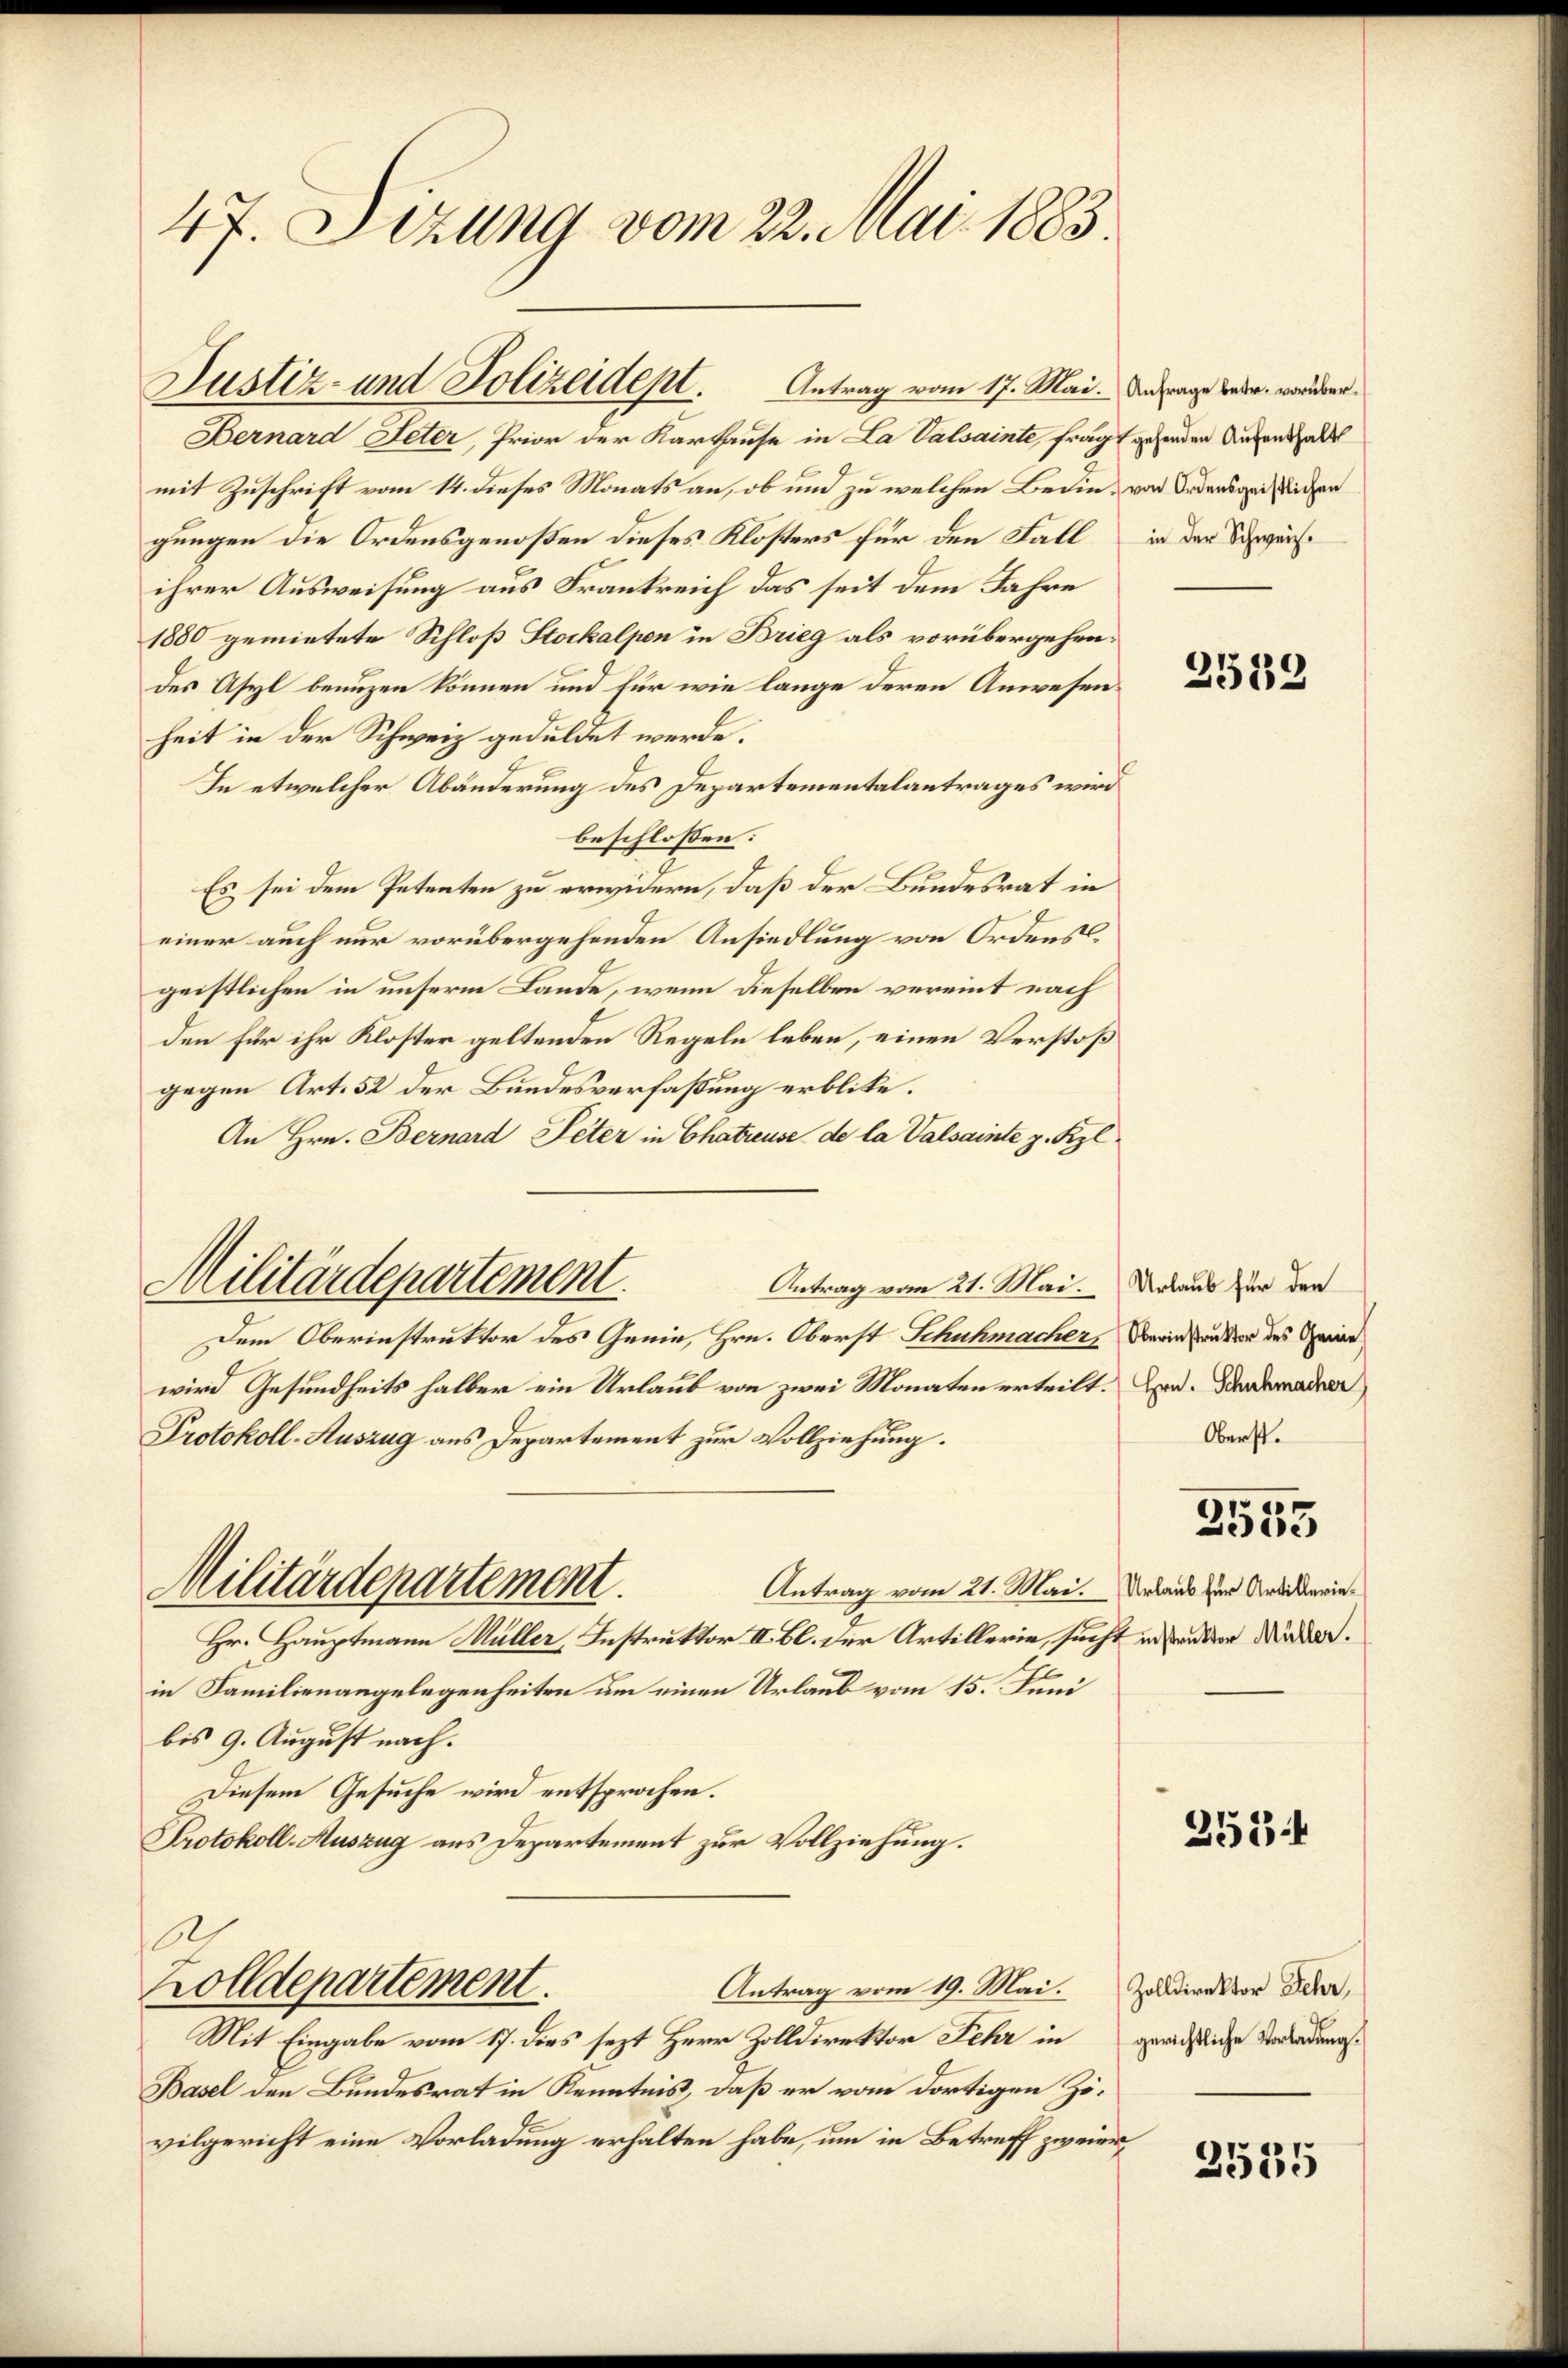
47. Sizung vom 22. Mai 1883.

Justiz- und Polizeident. Antrag vom 17. Mai. Antrage weder, worden.

Bernard Peter, Prior der Karhause in La Valsainte, fragt gehenden Aufenthalt
mit Zuschrift vom 14. dieses Monats an, ob und zu welchen Bedin, von Todensgeistlichen
gungen die Ordensgenoßen dieses Klösters für den Fall
ihrer Ausweisung aus Frankreich das seit dem Jahre
1880 gemietete Schloß Stockalpen in Brieg als vorübergehen.
des Asyl benuzen können und für wie lange deren Anwesenheit in der Schweiz geduldet werde.
In etwelcher Abänderung des Departementalantrages wird
beschlossen:
Es sei dem Petenten zu erwidern, daß der Bundesrat in
einer auch nur vorübergehenden Ansiedlung von Ordensgeistlichen in unserm Lande, wenn dieselben vereint nach
den für ihr Kloster geltenden Regeln leben, einen Verstoß
gegen Art. 52 der Bundesverfaßung erblite.
An Hrn. Bernard Peter in Chatreuse de la Valsainte z. Kzl¬
Antrag vom 21. Mai.
Dem Oberinstruktor des Genie, Hrn. Oberst Schuhmacher,
wird Gesundheits halber ein Urlaub von zwei Monaten erteilt.
Protokoll-Auszug aus Departement zur Vollziehung.
Militärdepartement.
Antrag vom 21. Mai. Urlaub für Artikerin¬
Hr. Hauptmann Müller, Instruktor II. Bl. der Artillerie, sucht in anden Mäder.
in Familienangelegenheiten um einen Urlaub vom 15. Juni
bis 9. August nach.
Diesem Gesuche wird entsprochen.
Protokoll-Auszug aus Departement zur Vollziehung.
6
Zolldepartement.
Antrag vom 19. Mai.
Mit Eingabe vom 17. dies sezt Herr Zolldirektor Fehr in
Basel den Bundesrat in Kenntnis, daß er vom dortigen Zövilgericht eine Vorladung erhalten habe, um in Betreff zweier

Militärdepartement.

in der Schweiz.

2532

Urlaub für den
Oberinstruktor des Genie
Hrn. Schuhmacher)
Oberst.
e

9
Lie

2534

Zolldirektor Fehr,
gerichtliche Vorladung.

2535